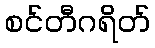
စင်တီဂရိတ်